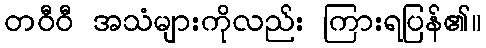
တဝီဝီ အသံများကိုလည်း ကြားရပြန်၏။